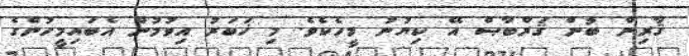
ޤާރިން ބުން ޤަރްބާޞް އޭ ކިޔުނު މީހެކެވެ. މި ޚަބަރު އިވުމުން އެބައިމީހުންގެ